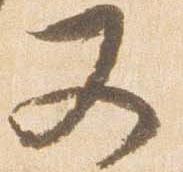
又